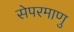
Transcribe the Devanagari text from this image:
सेपरमाणु